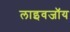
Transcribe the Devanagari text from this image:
लाइवजॉय